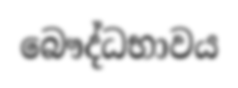
බෞද්ධභාවය